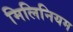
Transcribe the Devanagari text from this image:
मिलिनियम